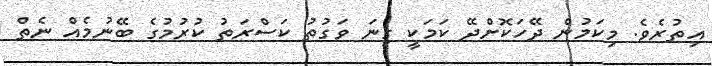
އިތުރެވެ. މިކަމުން ދޭހަކޮށްދޭ ކަމަކީ ގިނަ ވަގުތު ކަސްރަތު ކުރުމުގެ ބޭނުމެއް ނެތް